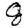
Digit: 8